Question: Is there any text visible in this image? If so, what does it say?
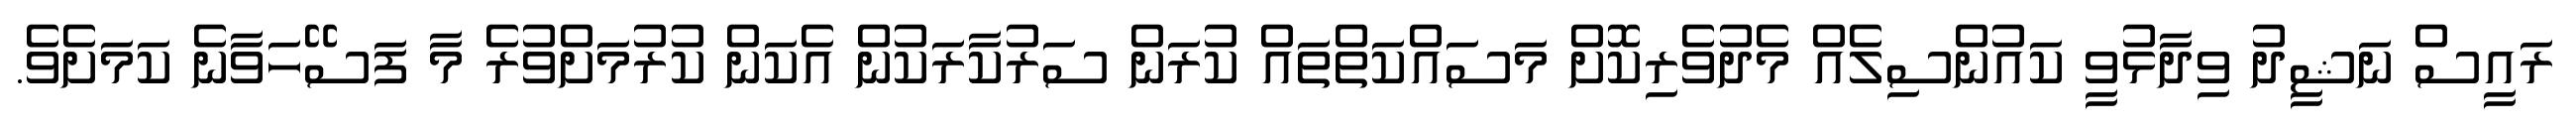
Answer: ރައީސް ނަޝީދު ވިދާޅުވީ ކައުންސިލެއް މެދުވެރިކޮށް މަސައްކަތްތައް ކުރަން ސަރުކާރަކުން އެކަން ކުރުމަށްވުރެ މާ ފަސޭހަވާނެ ކަމަށެވެ.